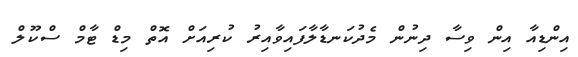
އިންޑިއާ އިން ވިސާ ދިނުން މެދުކަނޑާލާފައިވާއިރު ކުރިއަށް އޮތް މިޑް ޓާމް ސްކޫލް